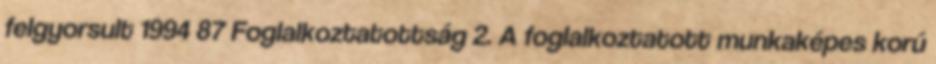
felgyorsult 1994 87 Foglalkoztatottság 2. A foglalkoztatott munkaképes korú